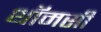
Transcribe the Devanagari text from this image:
थॉमसी